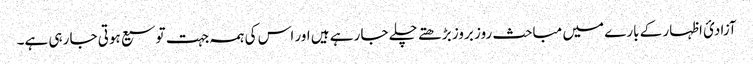
آزادئ اظہار کے بارے میں مباحث روز بروز بڑھتے چلے جا رہے ہیں اور اس کی ہمہ جہت توسیع ہوتی جا رہی ہے۔